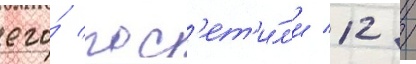
его́ пос'ет'и́л'и 12 /